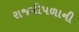
રાજપીપળાની